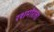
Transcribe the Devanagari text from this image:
रशमोरला